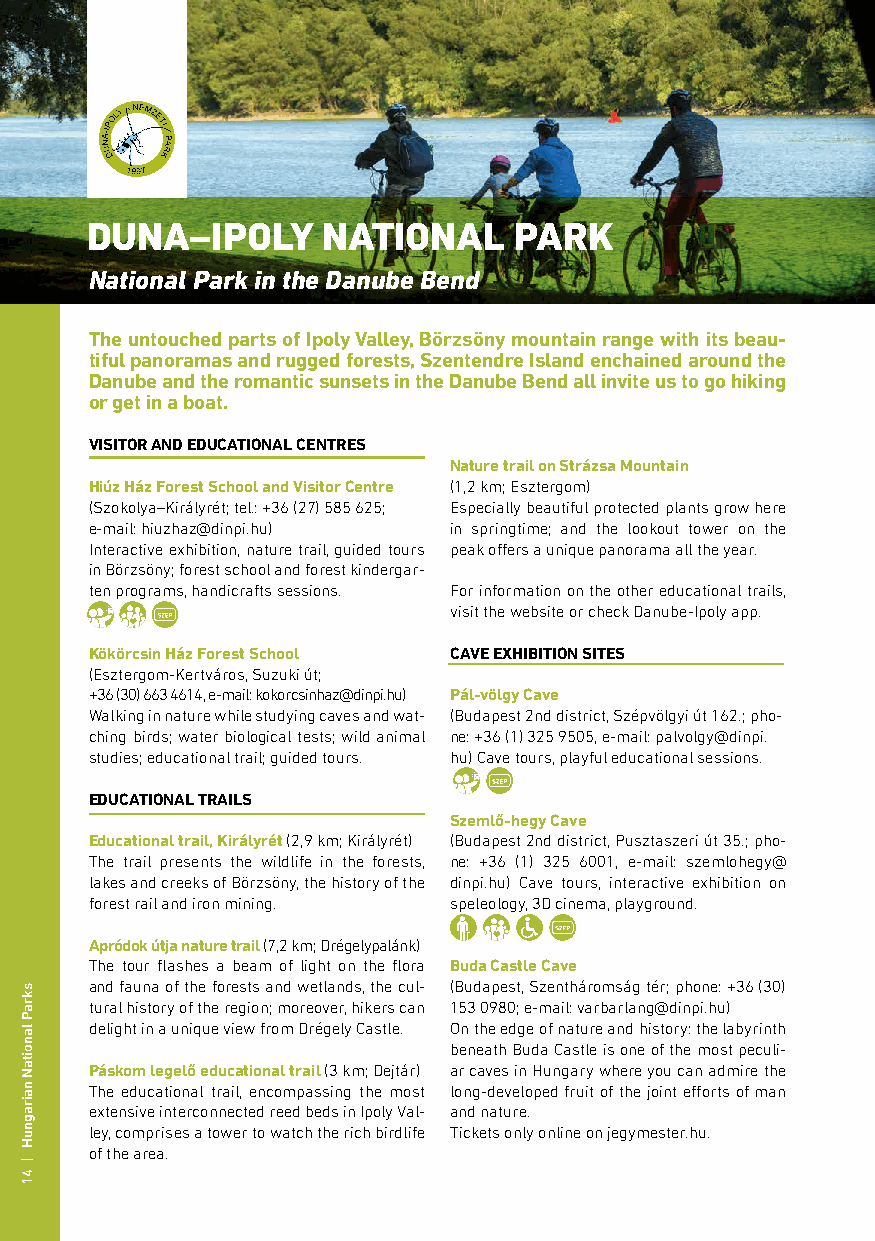
DUNA–IPOLY     NATIONAL     PARK
 National Park in the Danube Bend
 The untouched parts of Ipoly Valley, Börzsöny mountain range with its beau-
 tiful panoramas and rugged forests, Szentendre Island enchained around the
 Danube and the romantic sunsets in the Danube Bend all invite us to go hiking
 or get in a boat.
 VISITOR AND EDUCATIONAL CENTRES
 Nature trail on Strázsa Mountain
 Hiúz Ház Forest School and Visitor Centre (1,2 km; Esztergom)
 (Szokolya–Királyrét; tel.: +36 (27) 585 625; Especially beautiful protected plants grow here
 e-mail: hiuzhaz@dinpi.hu) in springtime; and the lookout tower on the
 Interactive exhibition, nature trail, guided tours peak offers a unique panorama all the year.
 in Börzsöny; forest school and forest kindergar-
 ten programs, handicrafts sessions. For information on the other educational trails,
 visit the website or check Danube-Ipoly app.
 Kökörcsin Ház Forest School CAVE EXHIBITION SITES
 (Esztergom-Kertváros, Suzuki út;
 +36 (30) 663 4614, e-mail: kokorcsinhaz@dinpi.hu) Pál-völgy Cave
 Walking in nature while studying caves and wat- (Budapest 2nd district, Szépvölgyi út 162.; pho-
 ching birds; water biological tests; wild animal ne: +36 (1) 325 9505, e-mail: palvolgy@dinpi.
 studies; educational trail; guided tours. hu) Cave tours, playful educational sessions.
 EDUCATIONAL TRAILS
 Szemlő-hegy Cave
 Educational trail, Királyrét (2,9 km; Királyrét) (Budapest 2nd district, Pusztaszeri út 35.; pho-
 The trail presents the wildlife in the forests, ne: +36 (1) 325 6001, e-mail: szemlohegy@
 lakes and creeks of Börzsöny, the history of the dinpi.hu) Cave tours, interactive exhibition on
 forest rail and iron mining. speleology, 3D cinema, playground.
 Apródok útja nature trail (7,2 km; Drégelypalánk)
 The tour flashes a beam of light on the flora Buda Castle Cave
 and fauna of the forests and wetlands, the cul- (Budapest, Szentháromság tér; phone: +36 (30)
 tural history of the region; moreover, hikers can 153 0980; e-mail: varbarlang@dinpi.hu)
 delight in a unique view from Drégely Castle. On the edge of nature and history: the labyrinth
 beneath Buda Castle is one of the most peculi-
 Páskom legelő educational trail (3 km; Dejtár) ar caves in Hungary where you can admire the
 The educational trail, encompassing the most long-developed fruit of the joint efforts of man
 extensive interconnected reed beds in Ipoly Val- and nature.
 ley, comprises a tower to watch the rich birdlife Tickets only online on jegymester.hu.
 of the area.
 skraP
 lanoitaN
 nairagnuH
 |
 41